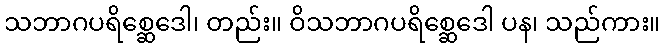
သဘာဂပရိစ္ဆေဒေါ၊ တည်း။ ဝိသဘာဂပရိစ္ဆေဒေါ ပန၊ သည်ကား။